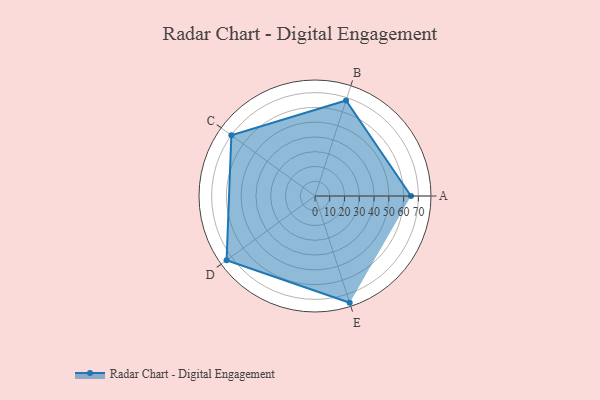
{"axis": {"x": "Skill", "y": "Score"}, "legend": ["Profile"], "data": [{"x": "A", "y": 65.0, "type": "Profile"}, {"x": "B", "y": 68.0, "type": "Profile"}, {"x": "C", "y": 70.0, "type": "Profile"}, {"x": "D", "y": 74.0, "type": "Profile"}, {"x": "E", "y": 76.0, "type": "Profile"}]}